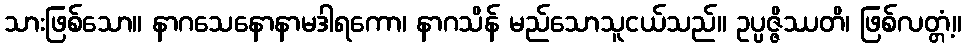
သားဖြစ်သော။ နာဂသေနောနာမဒါရကော၊ နာဂသိန် မည်သောသူငယ်သည်။ ဥပ္ပဇ္ဇိဿတိ၊ ဖြစ်လတ္တံ့။